Source: Handwritten
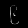
Digit: ၉ (9)